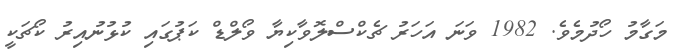
މަގާމު ހޯދުމެވެ. 1982 ވަނަ އަހަރު ޗެކްސްލޮވާކިޔާ ވޯލްޑް ކަޕުގައި ކުޅުނުއިރު ކޯޗަކީ